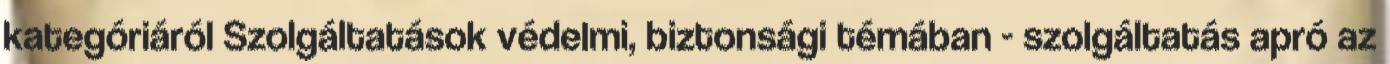
kategóriáról Szolgáltatások védelmi, biztonsági témában - szolgáltatás apró az